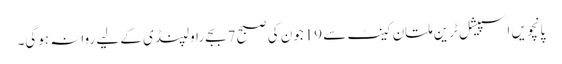
پانچویں اسپیشل ٹرین ملتان کینٹ سے 19جون کی صبح 7بجے راولپنڈی کے لیے روانہ ہوگی۔